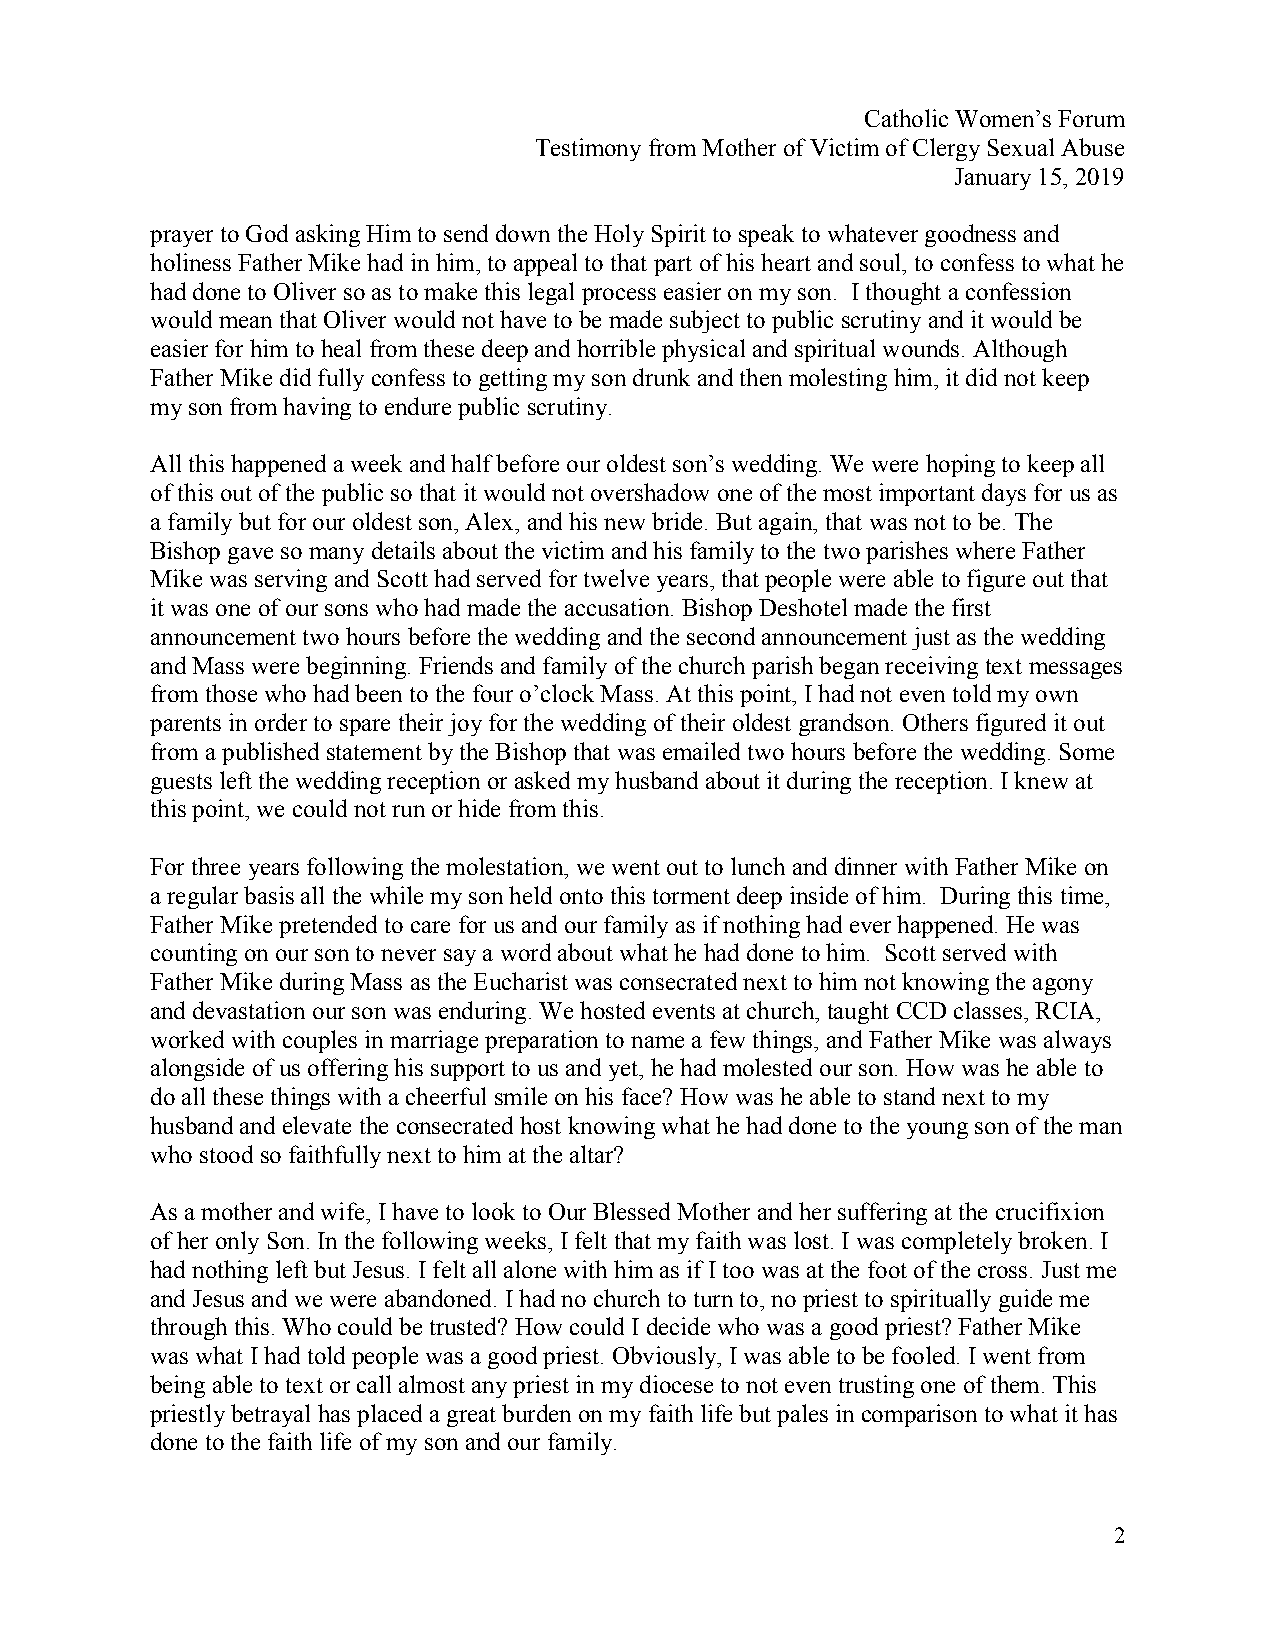
Catholic Women’s Forum
 Testimony from Mother of Victim of Clergy Sexual Abuse
 January 15, 2019
 prayer to God asking Him to send down the Holy Spirit to speak to whatever goodness and
 holiness Father Mike had in him, to appeal to that part of his heart and soul, to confess to what he
 had done to Oliver so as to make this legal process easier on my son. I thought a confession
 would mean that Oliver would not have to be made subject to public scrutiny and it would be
 easier for him to heal from these deep and horrible physical and spiritual wounds. Although
 Father Mike did fully confess to getting my son drunk and then molesting him, it did not keep
 my son from having to endure public scrutiny.
 All this happened a week and half before our oldest son’s wedding. We were hoping to keep all
 of this out of the public so that it would not overshadow one of the most important days for us as
 a family but for our oldest son, Alex, and his new bride. But again, that was not to be. The
 Bishop gave so many details about the victim and his family to the two parishes where Father
 Mike was serving and Scott had served for twelve years, that people were able to figure out that
 it was one of our sons who had made the accusation. Bishop Deshotel made the first
 announcement two hours before the wedding and the second announcement just as the wedding
 and Mass were beginning. Friends and family of the church parish began receiving text messages
 from those who had been to the four o’clock Mass. At this point, I had not even told my own
 parents in order to spare their joy for the wedding of their oldest grandson. Others figured it out
 from a published statement by the Bishop that was emailed two hours before the wedding. Some
 guests left the wedding reception or asked my husband about it during the reception. I knew at
 this point, we could not run or hide from this.
 For three years following the molestation, we went out to lunch and dinner with Father Mike on
 a regular basis all the while my son held onto this torment deep inside of him. During this time,
 Father Mike pretended to care for us and our family as if nothing had ever happened. He was
 counting on our son to never say a word about what he had done to him. Scott served with
 Father Mike during Mass as the Eucharist was consecrated next to him not knowing the agony
 and devastation our son was enduring. We hosted events at church, taught CCD classes, RCIA,
 worked with couples in marriage preparation to name a few things, and Father Mike was always
 alongside of us offering his support to us and yet, he had molested our son. How was he able to
 do all these things with a cheerful smile on his face? How was he able to stand next to my
 husband and elevate the consecrated host knowing what he had done to the young son of the man
 who stood so faithfully next to him at the altar?
 As a mother and wife, I have to look to Our Blessed Mother and her suffering at the crucifixion
 of her only Son. In the following weeks, I felt that my faith was lost. I was completely broken. I
 had nothing left but Jesus. I felt all alone with him as if I too was at the foot of the cross. Just me
 and Jesus and we were abandoned. I had no church to turn to, no priest to spiritually guide me
 through this. Who could be trusted? How could I decide who was a good priest? Father Mike
 was what I had told people was a good priest. Obviously, I was able to be fooled. I went from
 being able to text or call almost any priest in my diocese to not even trusting one of them. This
 priestly betrayal has placed a great burden on my faith life but pales in comparison to what it has
 done to the faith life of my son and our family.
 2